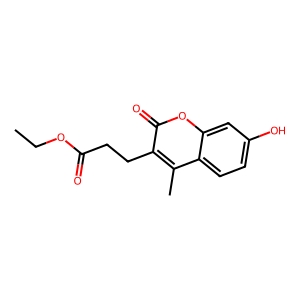
SMILES: CCOC(=O)CCc1c(C)c2ccc(O)cc2oc1=O
Inhibits HIV replication: No